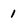
Character: 1